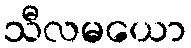
သီလမယော